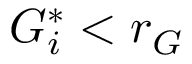
G _ { i } ^ { * } < r _ { G }